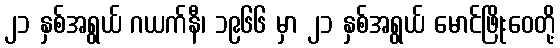
၂၁ နှစ်အရွယ် ဂယက်နီ၊ ၁၉၆၆ မှာ ၂၁ နှစ်အရွယ် မောင်ဖြိုးဝေတို့